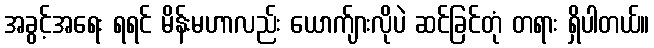
အခွင့်အရေး ရရင် မိန်းမဟာလည်း ယောက်ျားလိုပဲ ဆင်ခြင်တုံ တရား ရှိပါတယ်။